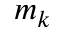
m _ { k }